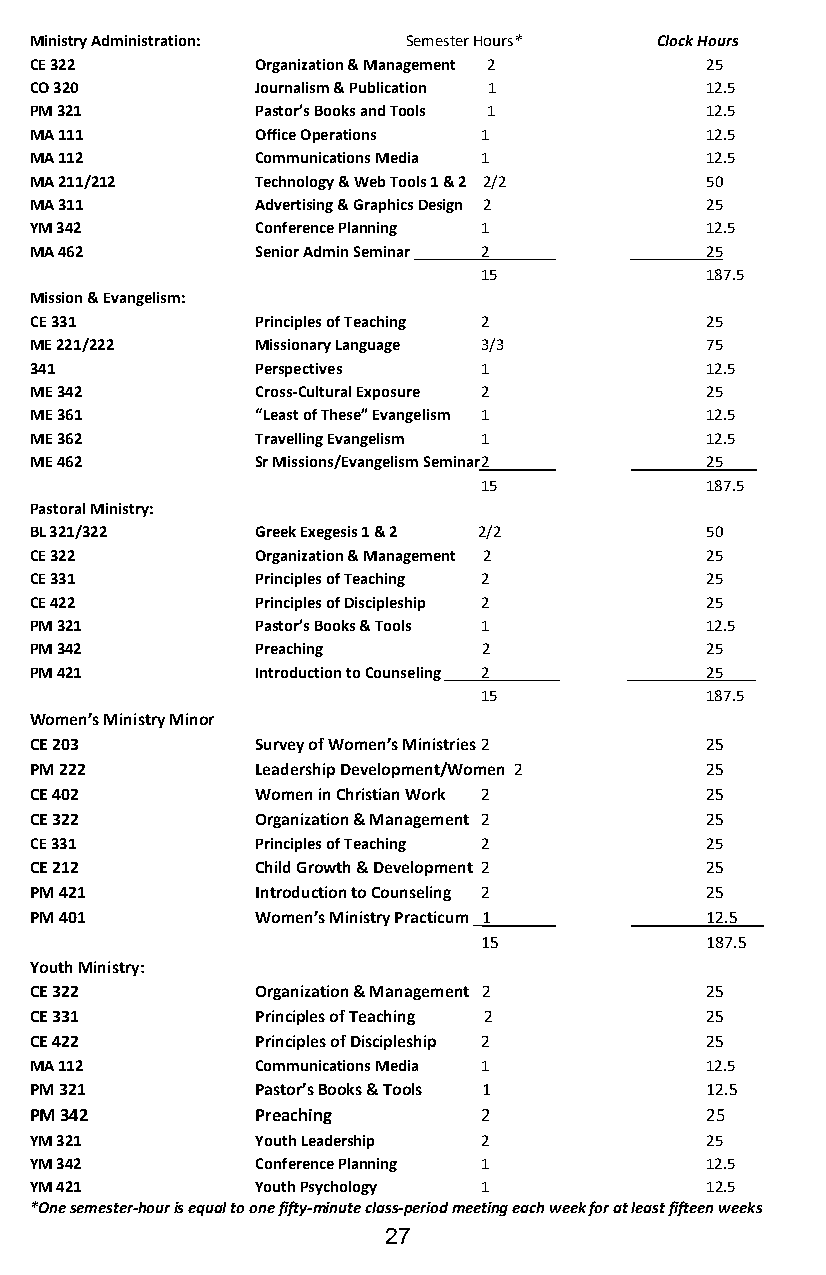
Ministry Administration: Semester Hours* Clock Hours
 CE 322         Organization & Management 2   25
 CO 320         Journalism & Publication 1    12.5
 PM 321         Pastor’s Books and Tools 1    12.5
 MA 111         Office Operations 1           12.5
 MA 112         Communications Media 1        12.5
 MA 211/212     Technology & Web Tools 1 & 2 2/2 50
 MA 311         Advertising & Graphics Design 2 25
 YM 342         Conference Planning 1         12.5
 MA 462         Senior Admin Seminar 2        25
 15             187.5
 Mission & Evangelism:
 CE 331         Principles of Teaching 2      25
 ME 221/222     Missionary Language 3/3       75
 341            Perspectives   1              12.5
 ME 342         Cross-Cultural Exposure 2     25
 ME 361         “Least of These” Evangelism 1 12.5
 ME 362         Travelling Evangelism 1       12.5
 ME 462         Sr Missions/Evangelism Seminar 2 25____
 15             187.5
 Pastoral Ministry:
 BL 321/322     Greek Exegesis 1 & 2 2/2      50
 CE 322         Organization & Management 2   25
 CE 331         Principles of Teaching 2      25
 CE 422         Principles of Discipleship 2  25
 PM 321         Pastor’s Books & Tools 1      12.5
 PM 342         Preaching      2              25
 PM 421         Introduction to Counseling 2  25____
 15             187.5
 Women’s Ministry Minor
 CE 203         Survey of Women’s Ministries 2 25
 PM 222         Leadership Development/Women 2 25
 CE 402         Women in Christian Work 2     25
 CE 322         Organization & Management 2   25
 CE 331         Principles of Teaching 2      25
 CE 212         Child Growth & Development 2  25
 PM 421         Introduction to Counseling 2  25
 PM 401         Women’s Ministry Practicum _1 12.5___
 15             187.5
 Youth Ministry:
 CE 322         Organization & Management 2   25
 CE 331         Principles of Teaching 2      25
 CE 422         Principles of Discipleship 2  25
 MA 112         Communications Media 1        12.5
 PM 321         Pastor’s Books & Tools 1      12.5
 PM 342         Preaching      2              25
 YM 321         Youth Leadership 2            25
 YM 342         Conference Planning 1         12.5
 YM 421         Youth Psychology 1            12.5
 *One semester-hour is equal to one fifty-minute class-period meeting each week for at least fifteen weeks
 27